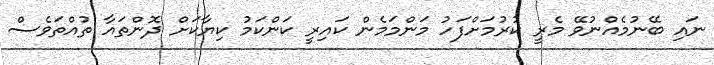
ނައި ބޭނުމެއްނުވޭ މެރީ ކުރުމަށްފަހު މަންމަމެން ކައިރީ ކަންކަމު ކިޔާކަށް ދޮންތައާ ތުއްތަވެސް